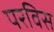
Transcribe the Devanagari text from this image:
परविस